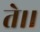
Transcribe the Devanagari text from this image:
ते।।